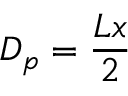
D _ { p } = \frac { L x } { 2 }